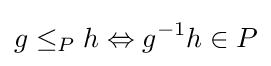
g\leq _{P}h\Leftrightarrow g^{-1}h\in P